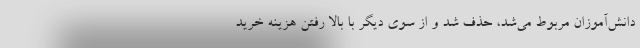
دانش‌آموزان مربوط می‌شد، حذف شد و از سوی دیگر با بالا رفتن هزینه خرید